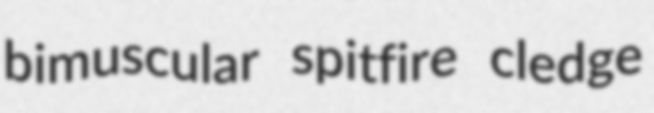
bimuscular spitfire cledge